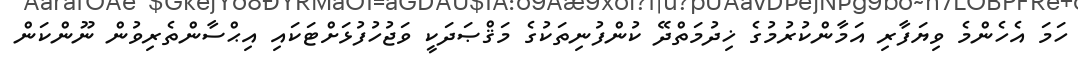
ހަމަ އެހެންމެ ވިޔަފާރި އަމާންކުރުމުގެ ޚިދުމަތްދޭ ކުންފުނިތަކުގެ މަޤްޞަދަކީ ވަޖުހުފުޅަށްޓަކައި އިޙްސާންތެރިވުން ނޫންކަން